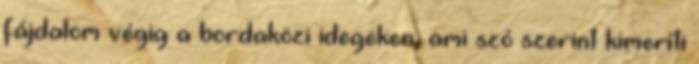
fájdalom végig a bordaközi idegeken, ami szó szerint kimeríti